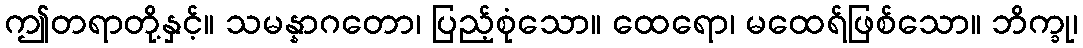
ဤတရာတို့နှင့်။ သမန္နာဂတော၊ ပြည့်စုံသော။ ထေရော၊ မထေရ်ဖြစ်သော။ ဘိက္ခု၊